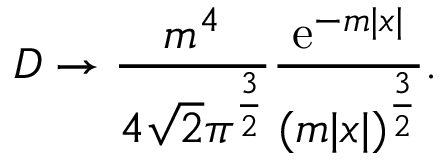
{ \cal D } \to \frac { m ^ { 4 } } { 4 \sqrt { 2 } \pi ^ { \frac 3 2 } } \frac { \mathrm { e } ^ { - m | x | } } { ( m | x | ) ^ { \frac 3 2 } } .